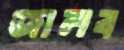
জালব